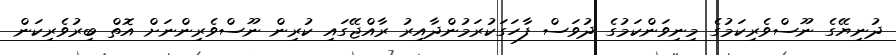
ދުނިޔޭގެ ނޫސްވެރިކަމުގެ މިނިވަންކަމުގެ ދުވަސް ފާހަގަކުރަމުންދާއިރު ރާއްޖޭގައި ކުރިން ނޫސްވެރިންނަށް އޮތް ބިރުވެރިކަން